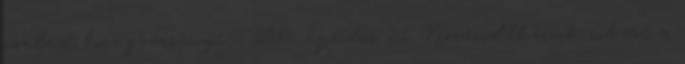
család hangversenye – 2017. április 21. Növendékeink sikere a